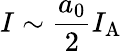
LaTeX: I\sim\frac{a_{0}}{2}I_{\mathrm{A}}